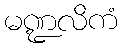
မဏ္ဍလိကံ